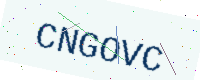
Text: CNGOVC